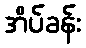
အိပ်ခန်း